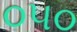
૦૫૦